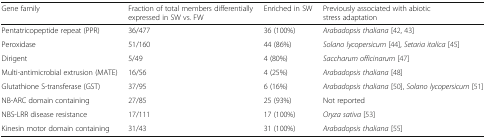
| Gene family | Fraction of total members differentially expressed in SW vs. FW | Enriched in SW | Previously associated with abiotic stress adaptation |
 | --- | --- | --- | --- |
 | Pentatricopeptide repeat (PPR) | 36/477 | 36 (100%) | Arabadopsis thaliana [42, 43] |
 | Peroxidase | 51/160 | 44 (86%) | Solano lycopersicum [44], Setaria italica [45] |
 | Dirigent | 5/49 | 4 (80%) | Saccharum officinarum [47] |
 | Multi-antimicrobial extrusion (MATE) | 16/56 | 4 (25%) | Arabadopsis thaliana [48] |
 | Glutathione S-transferase (GST) | 37/95 | 6 (16%) | Arabadopsis thaliana [50], Solano lycopersicum [51] |
 | NB-ARC domain containing | 27/85 | 25 (93%) | Not reported |
 | NBS-LRR disease resistance | 17/111 | 17 (100%) | Oryza sativa [53] |
 | Kinesin motor domain containing | 31/43 | 31 (100%) | Arabadopsis thaliana [55] |